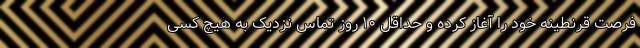
فرصت قرنطینه خود را آغاز کرده و حداقل ۱۰ روز تماس نزدیک به هیچ کسی